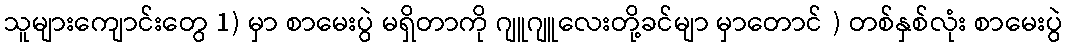
သူများကျောင်းတွေ 1) မှာ စာမေးပွဲ မရှိတာကို ဂျူဂျူလေးတို့ခင်မျာ မှာတောင် ) တစ်နှစ်လုံး စာမေးပွဲ